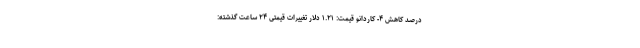
درصد کاهش ۴- کاردانو قیمت: ۱.۲۱ دلار تغییرات قیمتی ۲۴ ساعت گذشته: